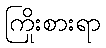
ကြိုးစားရာ